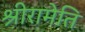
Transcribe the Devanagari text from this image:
श्रीरामेति